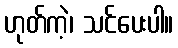
ဟုတ်ကဲ့၊ သင်ပေးပါ။